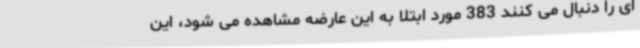
ای را دنبال می کنند 383 مورد ابتلا به این عارضه مشاهده می شود، این